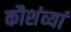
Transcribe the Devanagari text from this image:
कौशंव्यां